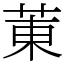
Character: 菄